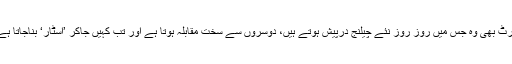
آرٹ بھی وہ جس میں روز روز نئے چیلنج درپیش ہوتے ہیں، دوسروں سے سخت مقابلہ ہوتا ہے اور تب کہیں جاکر ’اسٹار‘ بناجاتا ہے۔